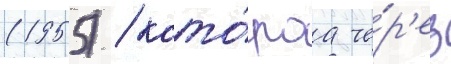
(1955) / кото́раа че́р'ез